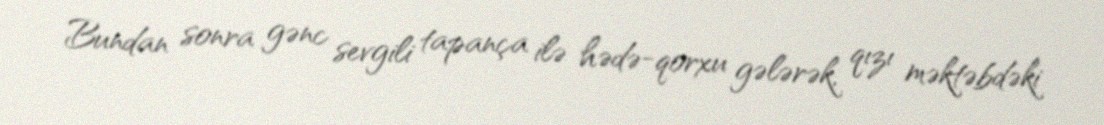
Bundan sonra gənc sevgili tapança ilə hədə-qorxu gələrək, qızı məktəbdəki